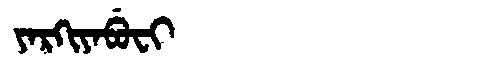
Manchu: ᠶᠠᡵᡴᡳᠶᠠᠪᡠᠸᡳ
Romanization: YARKIYABUFI